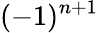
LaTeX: (-1)^{n+1}